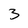
Character: 3